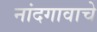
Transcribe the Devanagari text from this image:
नांदगावाचे